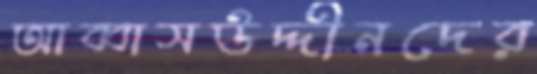
আব্বাসউদ্দীনদের